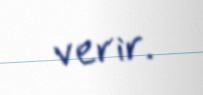
verir.